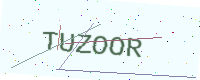
Text: TUZOOR